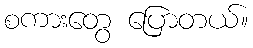
စကားတွေ ပြောတယ်။